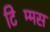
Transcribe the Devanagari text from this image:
टिम्मिंस